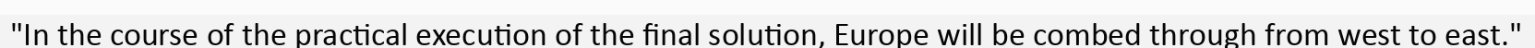
"In the course of the practical execution of the final solution, Europe will be combed through from west to east."